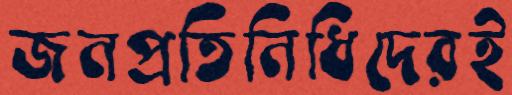
জনপ্রতিনিধিদেরই